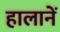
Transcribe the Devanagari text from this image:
हालानें